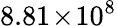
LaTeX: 8.81\! \times\! 10^{8}